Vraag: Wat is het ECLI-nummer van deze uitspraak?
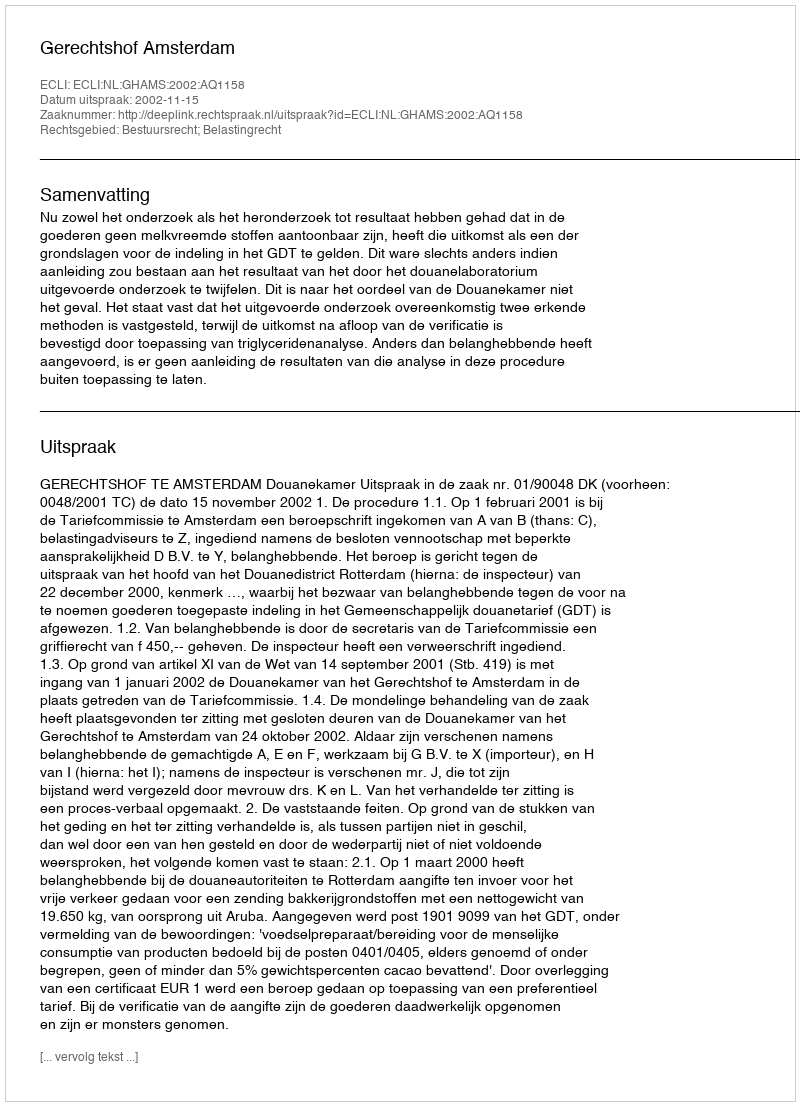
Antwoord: ECLI:NL:GHAMS:2002:AQ1158